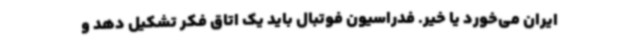
ایران می‌خورد یا خیر. فدراسیون فوتبال باید یک اتاق فکر تشکیل دهد و